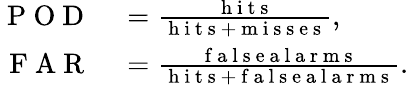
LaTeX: \begin{array}{rl}{\mathrm{~P~O~D~}}&{{}=\frac{\mathrm{~h~i~t~s~}}{\mathrm{~h~i~t~s~}+\mathrm{~m~i~s~s~e~s~}},}\\ {\mathrm{~F~A~R~}}&{{}=\frac{\mathrm{~f~a~l~s~e~a~l~a~r~m~s~}}{\mathrm{~h~i~t~s~}+\mathrm{~f~a~l~s~e~a~l~a~r~m~s~}}.}\end{array}